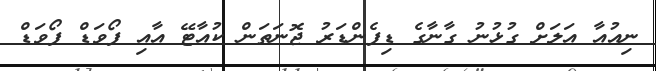
ނިއުއާ އަލަށް ގުޅުނު ގާނާގެ ޑިފެންޑަރު ޖޮނަތަން ކުއާޓޭ އާއި ފޯވަޑް ފޯވަޑް